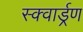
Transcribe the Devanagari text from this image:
स्क्वार्ड्रण